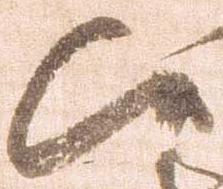
候